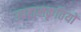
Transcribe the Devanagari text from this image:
उपहासकृतियों